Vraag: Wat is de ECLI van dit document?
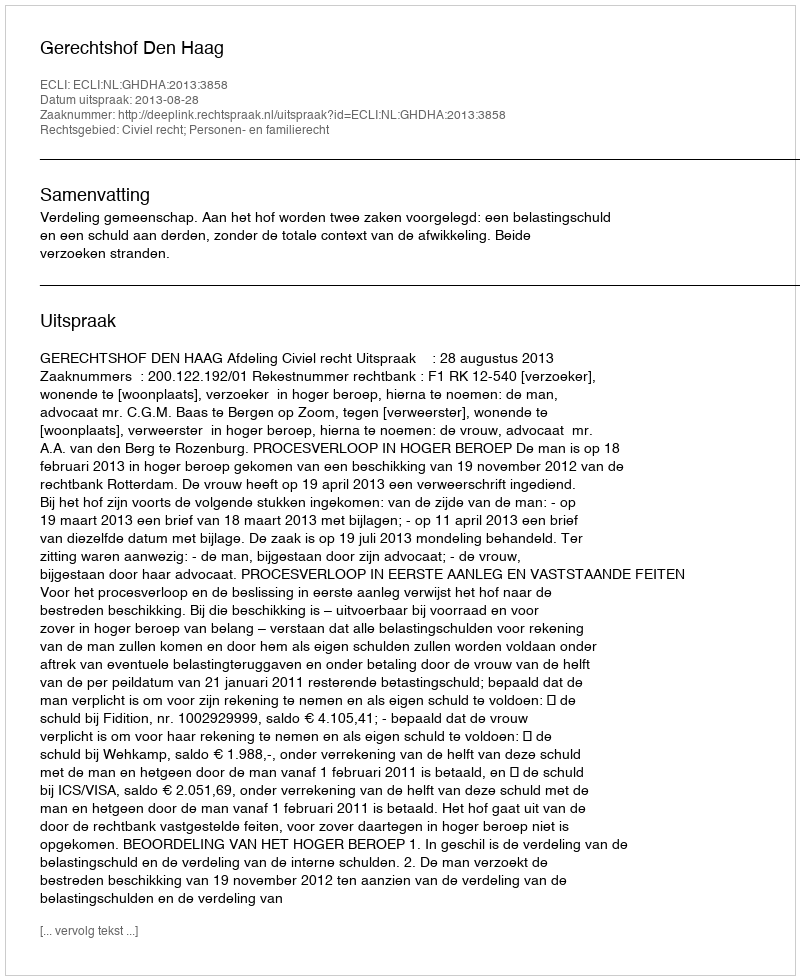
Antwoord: ECLI:NL:GHDHA:2013:3858